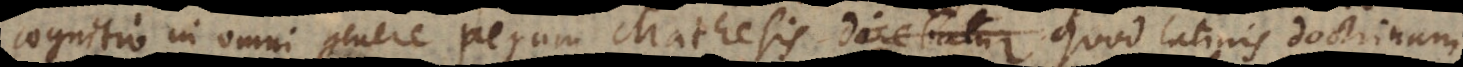
cognitio in omni genere rerum Mathesis, quod Latinis doctrinam